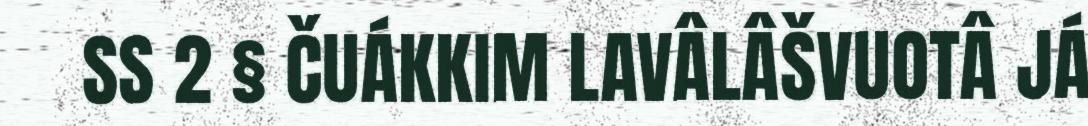
SS 2 § ČUÁKKIM LAVÂLÂŠVUOTÂ JÁ